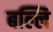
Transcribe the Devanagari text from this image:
बल्लि